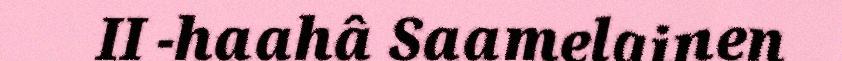
II -haahâ Saamelainen